Investigations into the jail dietaries of the United Provinces with some observations on the influence of dietary on the physical development and well-being of the people of the United Provinces - Number 48
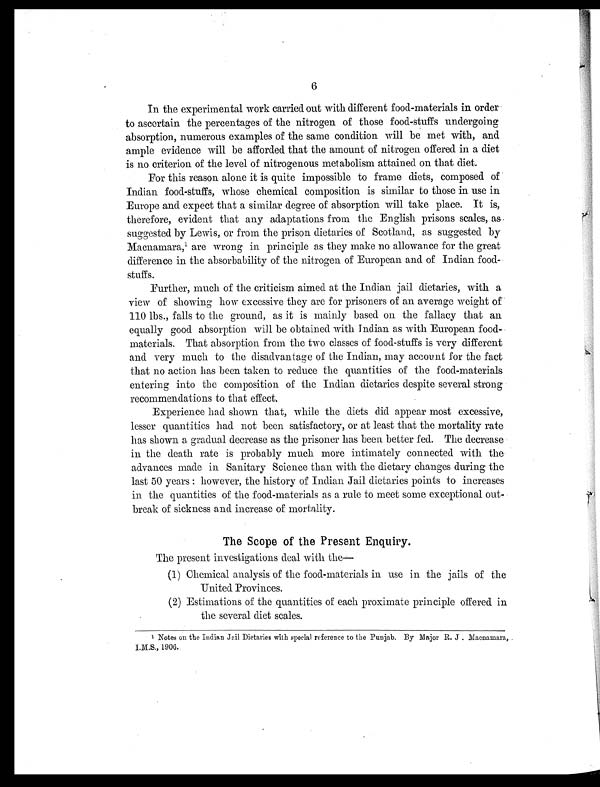
6
In the experimental work carried out with different food-materials in order
to ascertain the percentages of the nitrogen of those food-stuffs undergoing
absorption, numerous examples of the same condition will be met with, and
ample evidence will be afforded that the amount of nitrogen offered in a diet
is no criterion of the level of nitrogenous metabolism attained on that diet.
For this reason alone it is quite impossible to frame diets, composed of
Indian food-stuffs, whose chemical composition is similar to those in use in
Europe and expect that a similar degree of absorption will take place. It is,
therefore, evident that any adaptations from the English prisons scales, as,
suggested by Lewis, or from the prison dietaries of Scotland, as suggested by
Macnamara,1 a r e w r o n g i n p r i n c i p l e a s t h e y m a k e n o a l l o w a n c e f o r t h e g r e a t
difference in the absorbability of the nitrogen of European and of Indian food-
stuffs.
Further, much of the criticism aimed at the Indian jail dietaries, with a
view of showing how excessive they are for prisoners of an average weight of
110 lbs., falls to the ground, as it is mainly based on the fallacy that an
equally good absorption will be obtained with Indian as with European food-
materials. That absorption from the two classes of food-stuffs is very different
and very much to the disadvantage of the Indian, may account for the fact
that no action has been taken to reduce the quantities of the food-materials
entering into the composition of the Indian dietaries despite several strong
recommendations to that effect.
Experience had shown that, while the diets did appear most excessive,
lesser quantities had not been satisfactory, or at least that the mortality rate
has shown a gradual decrease as the prisoner has been better fed. The decrease
in the death rate is probably much more intimately connected with the
advances made in Sanitary Science than with the dietary changes during the
last 50 years : however, the history of Indian Jail dietaries points to increases
in the quantities of the food-materials as a rule to meet some exceptional out-
break of sickness and increase of mortality.
The Scope of the Present Enquiry.
The present investigations deal with the
—
(1) Chemical analysis of the food-materials in use in the jails of the
United Provinces.
(2) Estimations of the quantities of each proximate principle offered in
the several diet scales.
1Notes on the Indian Jail Dietaries with special reference to the Punjab. By Major R. J . Macnamara, I.M.S.
1906.